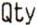
QTY